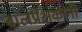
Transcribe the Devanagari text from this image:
बालप्रेक्षकांनी